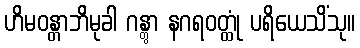
ဟိမဝန္တာဘိမုခါ ဂန္တွာ နဂရဝတ္ထုံ ပရိယေသိံသု။